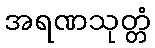
အရဏသုတ္တံ